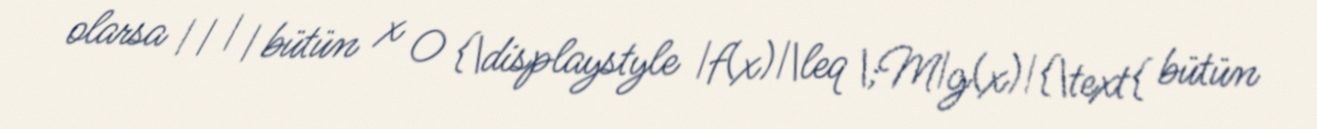
olarsa | | | | bütün x 0 {\displaystyle |f(x)|\leq \;M|g(x)|{\text{ bütün